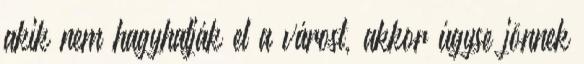
akik nem hagyhatják el a várost, akkor úgyse jönnek